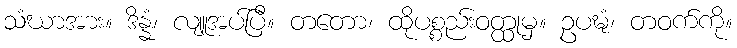
သံဃာအား။ ဒိန္နံ၊ လျူအပ်ပြီ။ တတော၊ ထိုပစ္စည်းဝတ္ထုမှ။ ဥပဍ္ဎံ၊ တဝက်ကို။